Annual report of the Punjab Veterinary College and of the Civil Veterinary Department, Punjab - 1926-1932
Year: 1926
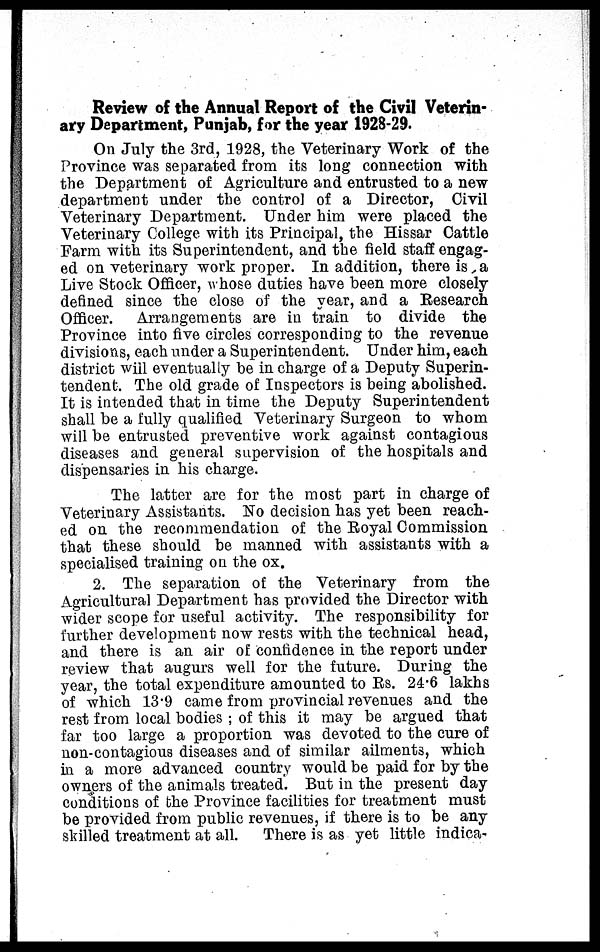
Review of the Annual Report of the Civil Veterin-
ary Department, Punjab, for the year 1928-29.
On July the 3rd, 1928, the Veterinary Work of the
Province was separated from its long connection with
the Department of Agriculture and entrusted to a new
department under the control of a Director, Civil
Veterinary Department. Under him were placed the
Veterinary College with its Principal, the Hissar Cattle
Farm with its Superintendent, and the field staff engag-
ed on veterinary work proper. In addition, there is a
Live Stock Officer, whose duties have been more closely
defined since the close of the year, and a Research
Officer.
Arrangements are in train to divide the
Province into five circles corresponding to the revenue
divisions, each under a Superintendent. Under him, each
district will eventually be in charge of a Deputy Superin-
tendent. The old grade of Inspectors is being abolished.
It is intended that in time the Deputy Superintendent
shall be a fully qualified Veterinary Surgeon to whom
will be entrusted preventive work against contagious
diseases and general supervision of the hospitals and
dispensaries in his charge.
The latter are for the most part in charge of
Veterinary Assistants. No decision has yet been reach-
ed on the recommendation of the Royal Commission
that these should be manned with assistants with a
specialised training on the ox.
2. The separation of the Veterinary from the
Agricultural Department has provided the Director with
wider scope for useful activity. The responsibility for
further development now rests with the technical head,
and there is an air of confidence in the report under
review that augurs well for the future. During the
year, the total expenditure amounted to Rs. 24.6 lakhs
of which 13.9 came from provincial revenues and the
rest from local bodies; of this it may be argued that
far too large a proportion was devoted to the cure of
non-contagious diseases and of similar ailments, which
in a more advanced country would be paid for by the
owners of the animals treated. But in the present day
conditions of the Province facilities for treatment must
be provided from public revenues, if there is to be any
skilled treatment at all. There is as yet little indica-